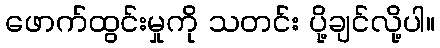
ဖောက်ထွင်းမှုကို သတင်း ပို့ချင်လို့ပါ။